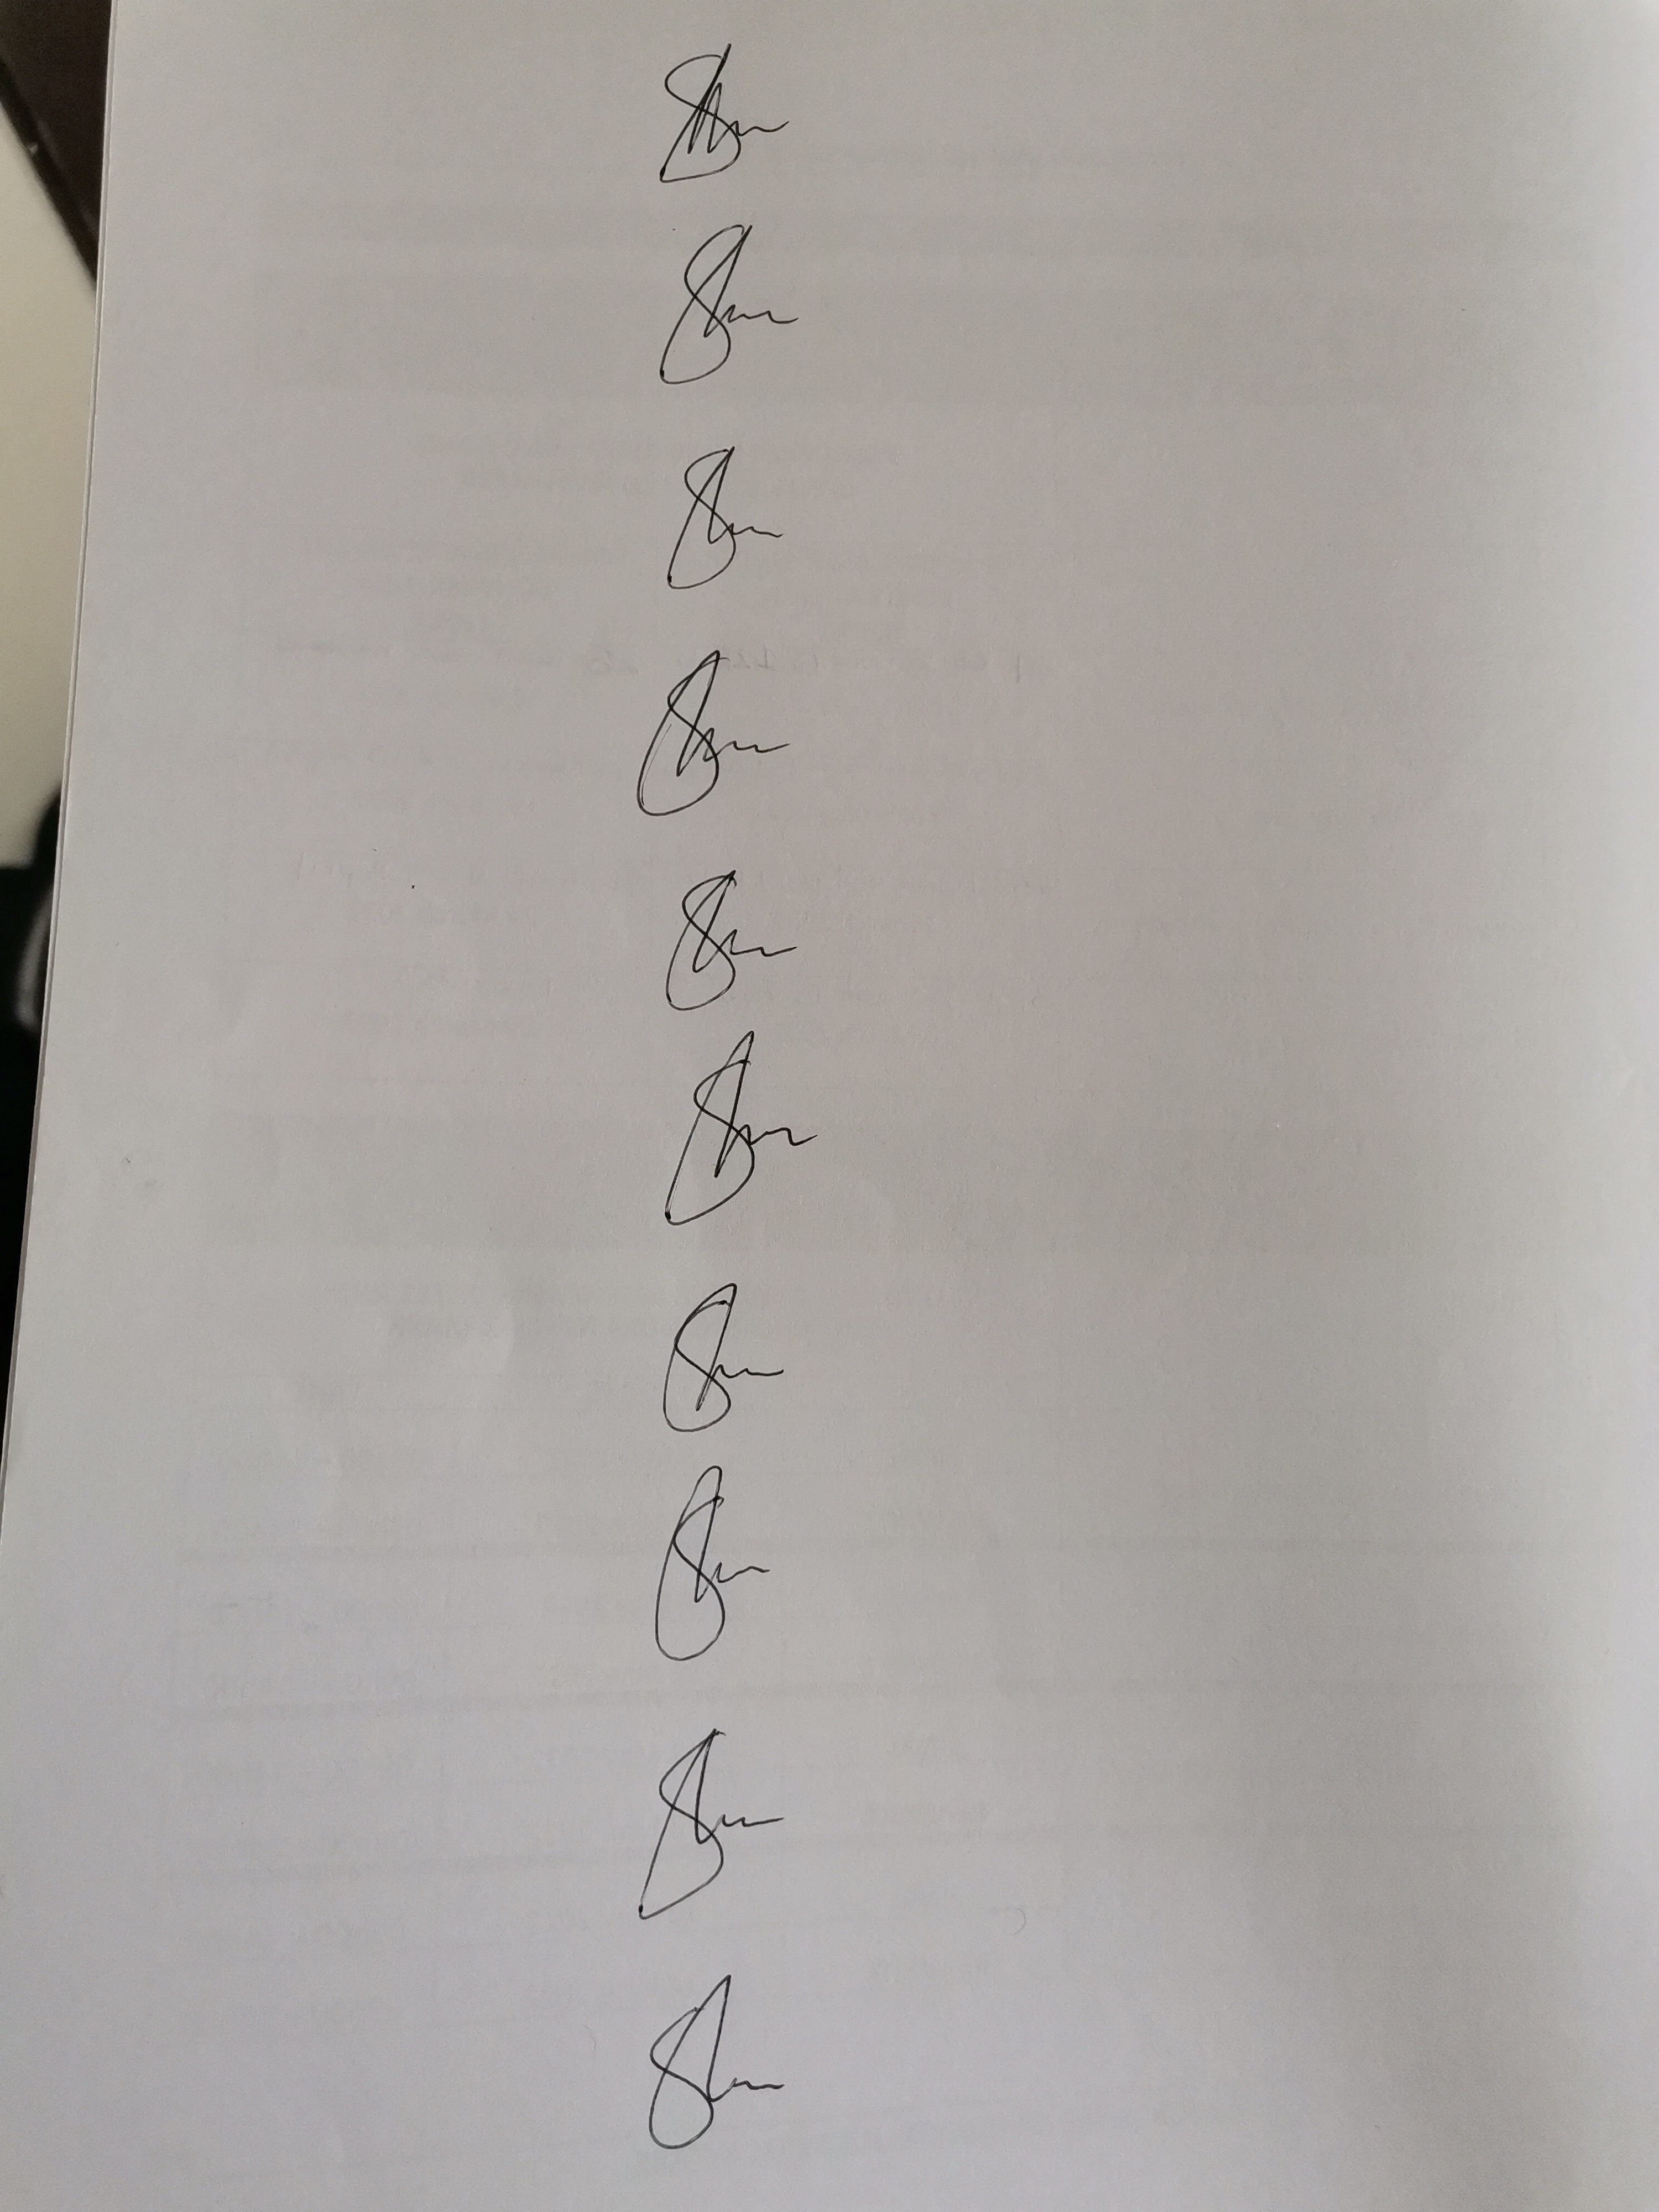
Signature authenticity: genuine